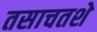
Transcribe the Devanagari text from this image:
तसाचतशे